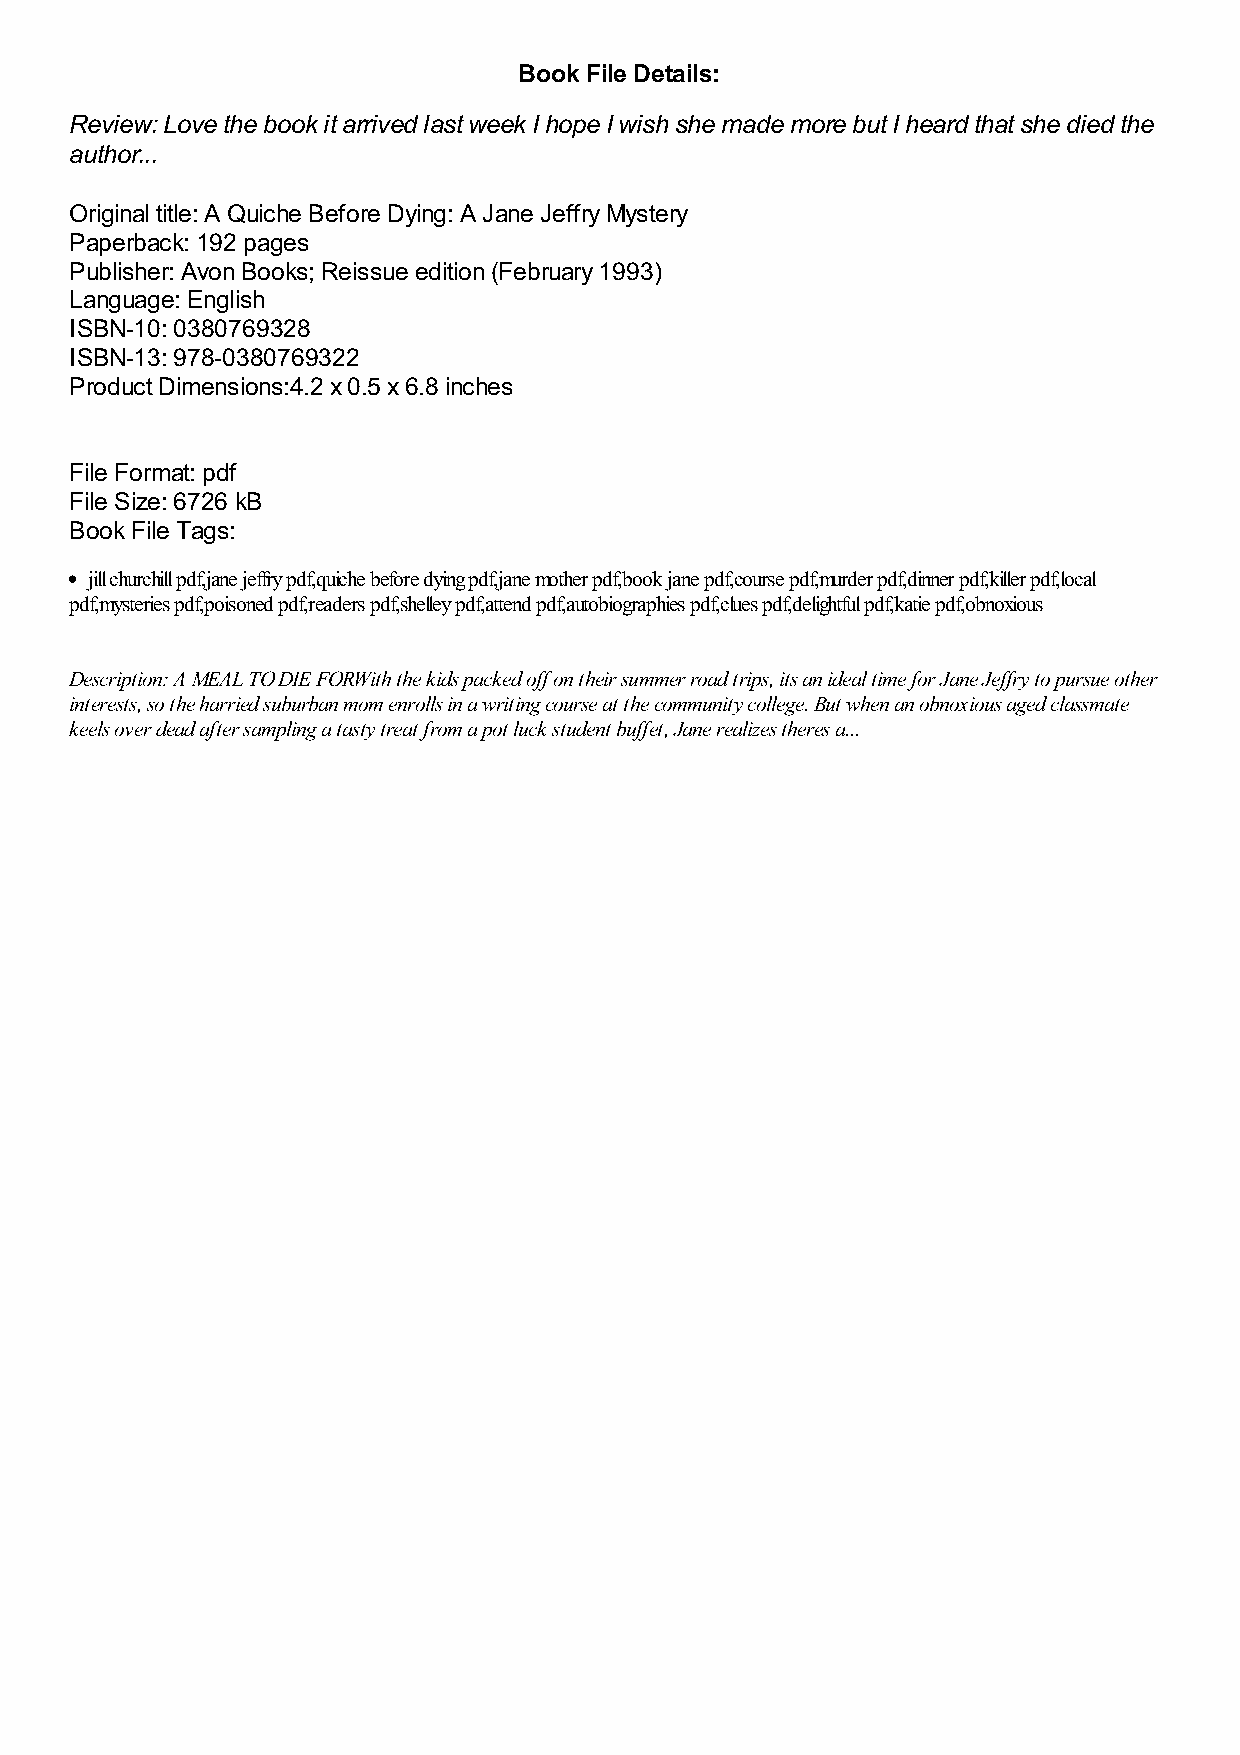
Book File Details:
 Review: Love the book it arrived last week I hope I wish she made more but I heard that she died the
 author...
 Original title: A Quiche Before Dying: A Jane Jeffry Mystery
 Paperback: 192 pages
 Publisher: Avon Books; Reissue edition (February 1993)
 Language: English
 ISBN-10: 0380769328
 ISBN-13: 978-0380769322
 Product Dimensions:4.2 x 0.5 x 6.8 inches
 File Format: pdf
 File Size: 6726 kB
 Book File Tags:
 jill churchill pdf,jane jeffry pdf,quiche before dying pdf,jane mother pdf,book jane pdf,course pdf,murder pdf,dinner pdf,killer pdf,local
 pdf,mysteries pdf,poisoned pdf,readers pdf,shelley pdf,attend pdf,autobiographies pdf,clues pdf,delightful pdf,katie pdf,obnoxious
 Description: A MEAL TO DIE FORWith the kids packed off on their summer road trips, its an ideal time for Jane Jeffry to pursue other
 interests, so the harried suburban mom enrolls in a writing course at the community college. But when an obnoxious aged classmate
 keels over dead after sampling a tasty treat from a pot luck student buffet, Jane realizes theres a...